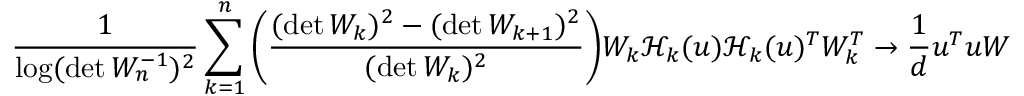
\frac { 1 } { \log ( \operatorname* { d e t } W _ { n } ^ { - 1 } ) ^ { 2 } } \sum _ { k = 1 } ^ { n } \bigg ( \frac { ( \operatorname* { d e t } W _ { k } ) ^ { 2 } - ( \operatorname* { d e t } W _ { k + 1 } ) ^ { 2 } } { ( \operatorname* { d e t } W _ { k } ) ^ { 2 } } \bigg ) W _ { k } \mathcal { H } _ { k } ( u ) \mathcal { H } _ { k } ( u ) ^ { T } W _ { k } ^ { T } \to \frac { 1 } { d } u ^ { T } u W